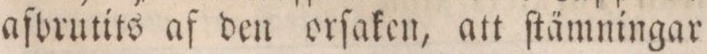
afbrutits af den orſaken, att ſtämningar